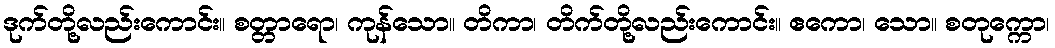
ဒုက်တို့လည်းကောင်း။ စတ္တာရော၊ ကုန်သော။ တိကာ၊ တိက်တို့လည်းကောင်း။ ဧကော၊ သော။ စတုက္ကော၊